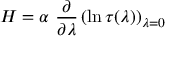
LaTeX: H = \alpha \ \frac { \partial } { \partial \lambda } \left( \ln \tau ( \lambda ) \right) _ { \lambda = 0 }